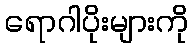
ရောဂါပိုးများကို